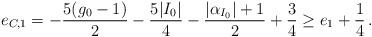
LaTeX: \begin{align*} e_{C,1}&=-\frac{5(g_0-1)}{2}-\frac{5|I_0|}{4}-\frac{|\alpha_{I_0}|+1}{2}+\frac{3}{4}\ge e_1+\frac14\,.\end{align*}